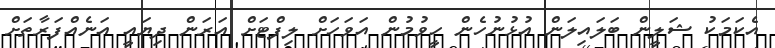
އެކަމަކު ޝަލީން ބަލައިލަން އުޅުނުހެން ހީވުމުން އަވަހަށް ލިފްޓަށް އަރަން ދިޔައީ އަނެއްފަރާތަށް